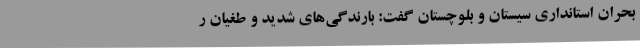
بحران استانداری سیستان و بلوچستان گفت: بارندگی‌های شدید و طغیان ر